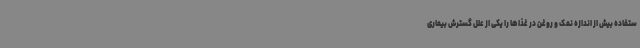
ستفاده بیش از اندازه نمک و روغن در غذاها را یکی از علل گسترش بیماری